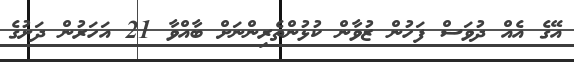
އޭގެ އެއް ދުވަސް ފަހުން ޒުވާން ކުޅުންތެރިންނަށް ބާއްވާ 21 އަހަރުން ދަށުގެ